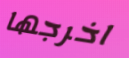
اخرجها